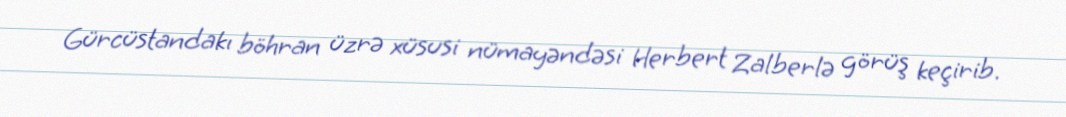
Gürcüstandakı böhran üzrə xüsusi nümayəndəsi Herbert Zalberlə görüş keçirib.